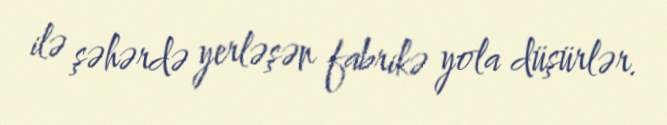
ilə şəhərdə yerləşən fabrikə yola düşürlər.